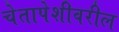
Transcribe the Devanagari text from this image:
चेतापेशीवरील